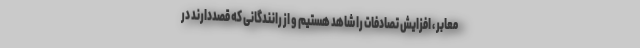
معابر ، افزایش تصادفات را شاهد هستیم و از رانندگانی که قصددارند در